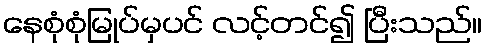
နေစုံစုံမြုပ်မှပင် လင့်တင်၍ ပြီးသည်။